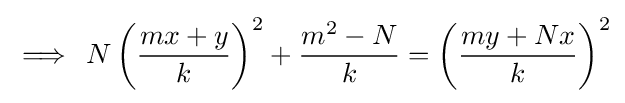
\implies \,N\left({\frac {mx+y}{k}}\right)^{2}+{\frac {m^{2}-N}{k}}=\left({\frac {my+Nx}{k}}\right)^{2}